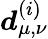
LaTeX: \boldsymbol d_{\mu,\nu}^{(i)}